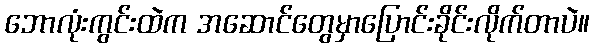
ဘောလုံးကွင်းထဲက အဆောင်တွေမှာပြောင်းခိုင်းလိုက်တာပဲ။